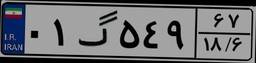
۰۱گ۵۴۹۶۷